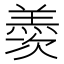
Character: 𮊰